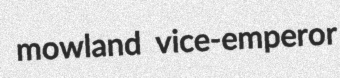
mowland vice-emperor